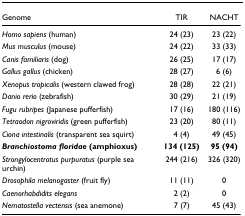
<table><thead><tr><td><b>Genome</b></td><td><b>TIR</b></td><td><b>NACHT</b></td></tr></thead><tbody><tr><td><i>Homo sapiens </i>(human)</td><td>24 (23)</td><td>23 (22)</td></tr><tr><td><i>Mus musculus </i>(mouse)</td><td>24 (22)</td><td>33 (33)</td></tr><tr><td><i>Canis familiaris </i>(dog)</td><td>26 (25)</td><td>17 (17)</td></tr><tr><td><i>Gallus gallus </i>(chicken)</td><td>28 (27)</td><td>6 (6)</td></tr><tr><td><i>Xenopus tropicalis </i>(western clawed frog)</td><td>28 (28)</td><td>22 (21)</td></tr><tr><td><i>Danio rerio </i>(zebrafish)</td><td>30 (29)</td><td>21 (19)</td></tr><tr><td><i>Fugu rubripes </i>(Japanese pufferfish)</td><td>17 (16)</td><td>180 (116)</td></tr><tr><td><i>Tetraodon nigroviridis </i>(green pufferfish)</td><td>23 (20)</td><td>80 (11)</td></tr><tr><td><i>Ciona intestinalis </i>(transparent sea squirt)</td><td>4 (4)</td><td>49 (45)</td></tr><tr><td><b><i>Branchiostoma floridae </i>(amphioxus)</b></td><td><b>134 (125)</b></td><td><b>95 (94)</b></td></tr><tr><td><i>Strongylocentrotus purpuratus </i>(purple sea urchin)</td><td>244 (216)</td><td>326 (320)</td></tr><tr><td><i>Drosophila melanogaster </i>(fruit fly)</td><td>11 (11)</td><td>0</td></tr><tr><td><i>Caenorhabdidits elegans</i></td><td>2 (2)</td><td>0</td></tr><tr><td><i>Nematostella vectensis </i>(sea anemone)</td><td>7 (7)</td><td>45 (43)</td></tr></tbody></table>